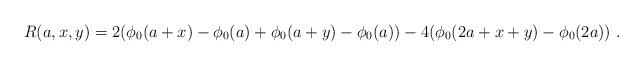
LaTeX: \begin{align*} R(a, x, y) = 2(\phi_0(a+x) - \phi_0(a) + \phi_0(a+y) - \phi_0(a)) - 4(\phi_0(2a + x + y) - \phi_0(2a))~. \end{align*}